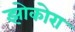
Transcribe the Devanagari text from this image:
झोकोरा